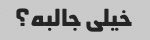
خیلی جالبه؟